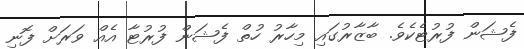
ފެޝަން ފުރުޓެކެވެ. ބާޒާރުގައި މިހާރު ހުތް ފެޝަން ފުރުޓާ އެއް ވަރަށް ފޮނި